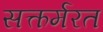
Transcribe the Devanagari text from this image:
सत्कर्मरत